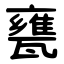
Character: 甕